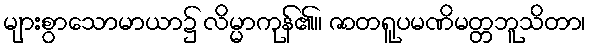
များစွာသောမာယာ၌ လိမ္မာကုန်၏။ ဇာတရူပမဏိမတ္တဘူသိတာ၊